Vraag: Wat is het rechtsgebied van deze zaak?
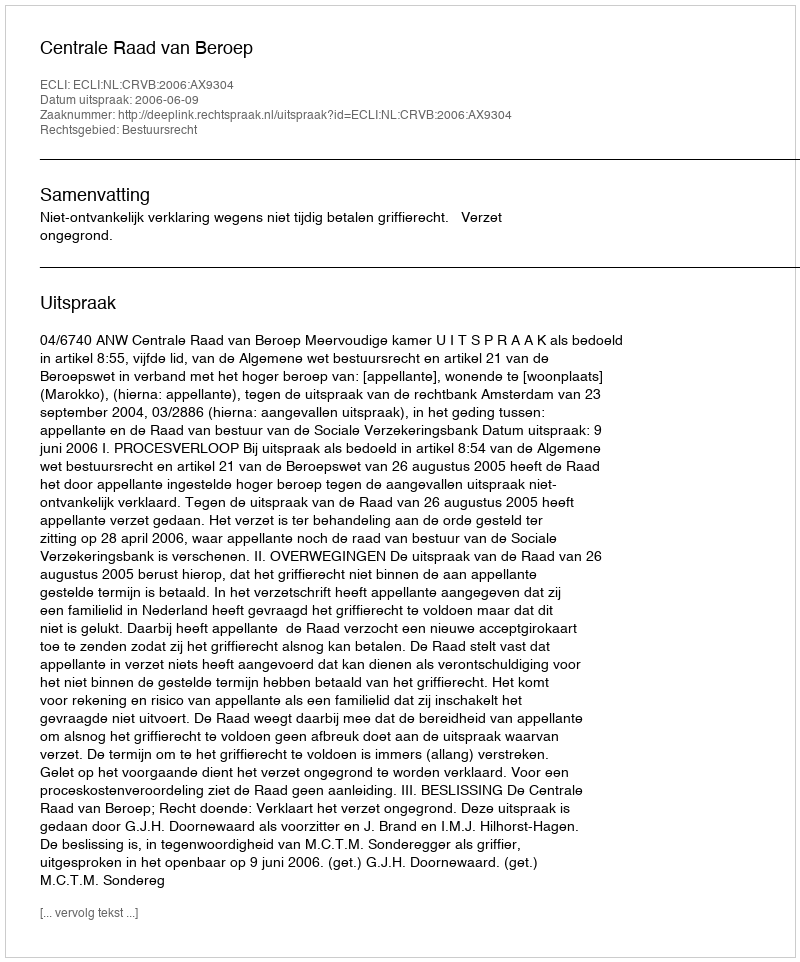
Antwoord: Bestuursrecht